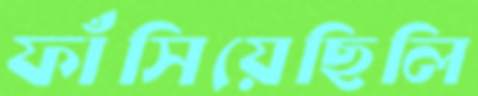
ফাঁসিয়েছিলি